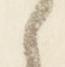
之